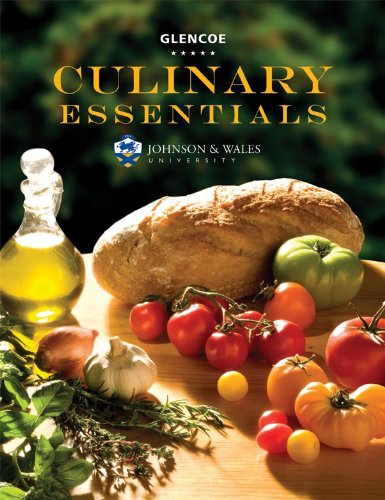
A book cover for Culinary Essentials, Student Edition; McGraw-Hill Education; Teen & Young Adult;